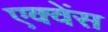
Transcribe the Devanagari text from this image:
एक्वेंस